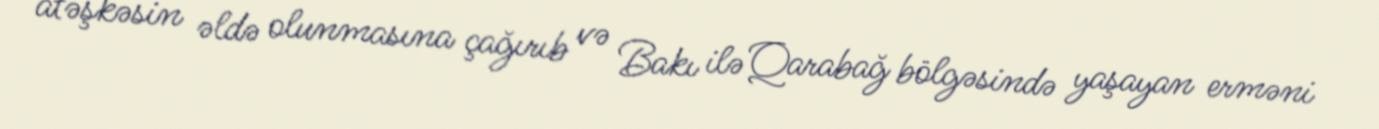
atəşkəsin əldə olunmasına çağırıb və Bakı ilə Qarabağ bölgəsində yaşayan erməni